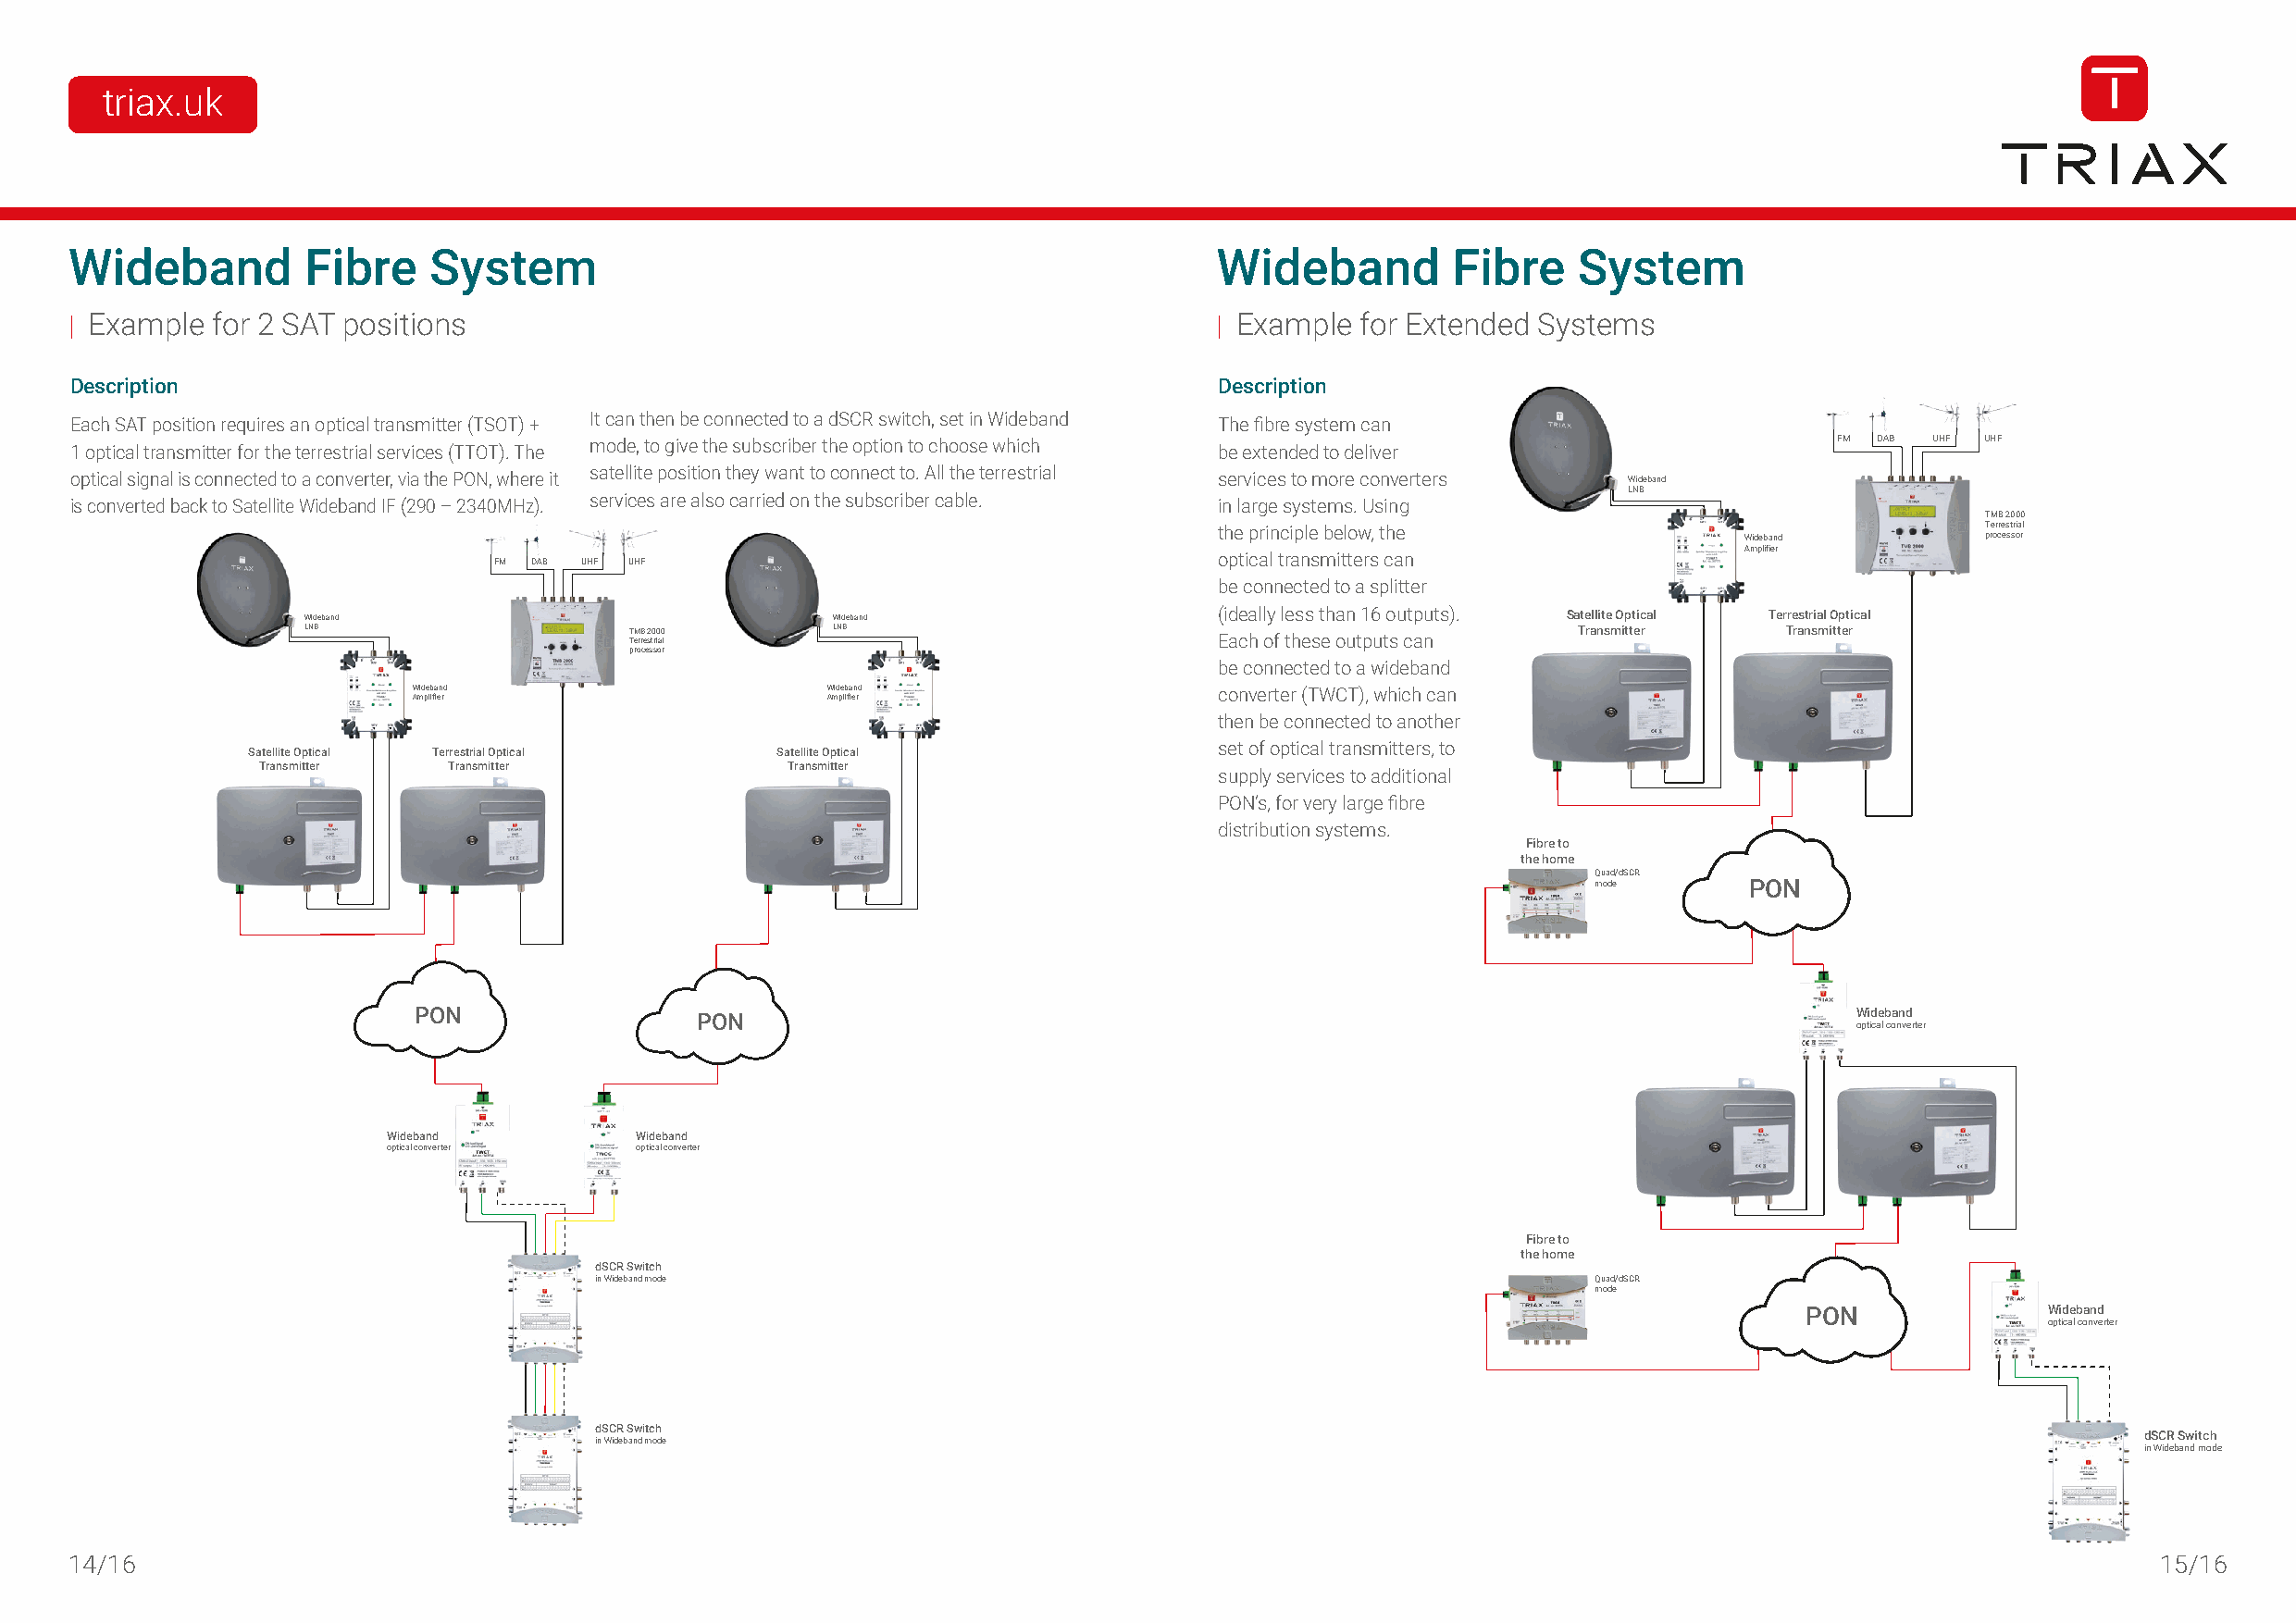
triax.uk
 Wideband         Fibre    System                                                  Wideband         Fibre    System
 | Example for 2 SAT positions                                                     | Example for Extended Systems
 Description                                                                       Description
 Each SAT position requires an optical transmitter (TSOT) + It can then be connected to a dSCR switch, set in Wideband The fibre system can
 1 optical transmitter for the terrestrial services (TTOT). The mode, to give the subscriber the option to choose which be extended to deliver FM DAB UHF UHF
 optical signal is connected to a converter, via the PON, where it satellite position they want to connect to. All the terrestrial services to more converters Wideband
 LNB
 is converted back to Satellite Wideband IF (290 – 2340MHz). services are also carried on the subscriber cable. in large systems. Using
 TMB 2000
 the principle below, the                               Terrestrial
 Wideband         processor
 Amplifier
 optical transmitters can
 FM DAB UHF UHF
 be connected to a splitter
 Wideband                              Wideband                   (ideally less than 16 outputs). Satellite Optical Terrestrial Optical
 LNB                    T TM errB e s2 t0 r0 ia0 l LNB            Each of these outputs can Transmitter    Transmitter
 processor
 be connected to a wideband
 Wideband                     Wideband                    converter (TWCT), which can
 Amplifier                    Amplifier
 then be connected to another
 set of optical transmitters, to
 Satellite Optical Terrestrial Optical Satellite Optical
 Transmitter  Transmitter             Transmitter
 supply services to additional
 PON’s, for very large fibre
 distribution systems.
 Fibre to
 the home
 Quad/dSCR
 mode       PON
 PON                 PON                                                                                Wideband
 optical converter
 Wideband         Wideband
 optical converter optical converter
 Fibre to
 the home
 dSCR Switch
 in Wideband mode                                                       Quad/dSCR
 mode
 PON              Wideband
 optical converter
 dSCR Switch
 dSCR Switch
 in Wideband mode
 in Wideband mode
 14/16                                                                                                                                                15/16